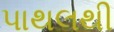
પાથલથી